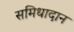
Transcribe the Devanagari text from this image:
समिधादान